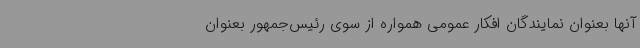
آنها بعنوان نمایندگان افکار عمومی همواره از سوی رئیس‌جمهور بعنوان